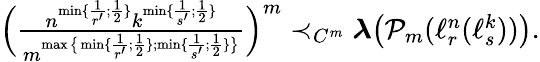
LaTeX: \begin{array}{r}{\Big(\frac{n^{\operatorname*{min}\{ \frac{1}{r^{\prime}};\frac{1}{2}\} }k^{\operatorname*{min}\{ \frac{1}{s^{\prime}};\frac{1}{2}\} }}{m^{\operatorname*{max}\big\{ \operatorname*{min}\{ \frac{1}{r^{\prime}};\frac{1}{2}\} ;\operatorname*{min}\{ \frac{1}{s^{\prime}};\frac{1}{2}\} \big\} }}\Big)^{m}\prec_{C^{m}}{\boldsymbol{\lambda}}\big(\mathcal P_{m}(\ell_{r}^{n}(\ell_{s}^{k}))\big).}\end{array}